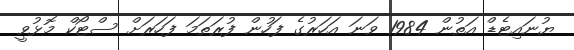
ޔުނައިޓެޑް އަތުން 1984 ވަނަ އަހަރުގެ ފަހުން ފުރަތަމަ ފަހަރަށް ސްޓޯކް މޮޅުވީ